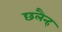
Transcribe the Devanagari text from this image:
छलैन्ह